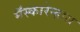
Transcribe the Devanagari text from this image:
मॅस्कारेन्हास